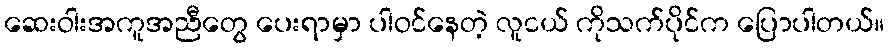
ဆေးဝါးအကူအညီတွေ ပေးရာမှာ ပါဝင်နေတဲ့ လူငယ် ကိုသက်ပိုင်က ပြောပါတယ်။